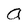
Character: a